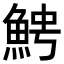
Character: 𩶍